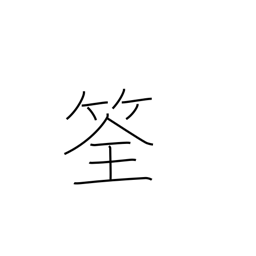
Meaning: fish trap